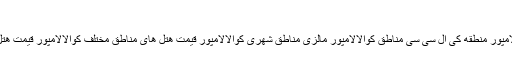
283 منطقه کی ال سی سی KLCC کوالالامپور مالزی
برچسب : منطقه کی ال سی سی کوالالامپور مالزی منطقه کی ال سی سی کوالالامپور منطقه کی ال سی سی مناطق کوالالامپور مالزی مناطق شهری کوالالامپور قیمت هتل های مناطق مختلف کوالالامپور قیمت هتل های منطقه کی ال سی سی کوالالامپور 283 مطالب مرتبط : 1395/05/19